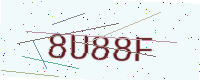
Text: 8U88F